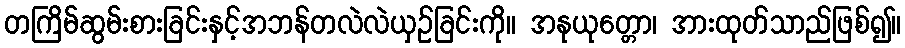
တကြိမ်ဆွမ်းစားခြင်းနှင့်အဘန်တလဲလဲယှဉ်ခြင်းကို။ အနုယုတ္တော၊ အားထုတ်သာည်ဖြစ်၍။